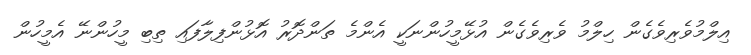
އިލްމުވެރިވެގެން ހިލްމު ވެރިވެގެން އުޅޭމީހުންނަކީ އެންމެ ތަންދޮރު އޮޅުންފިލާފައި ތިބި މީހުންނޭ އެމީހުން